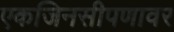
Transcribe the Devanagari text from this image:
एकजिनसीपणावर